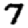
Digit: 7